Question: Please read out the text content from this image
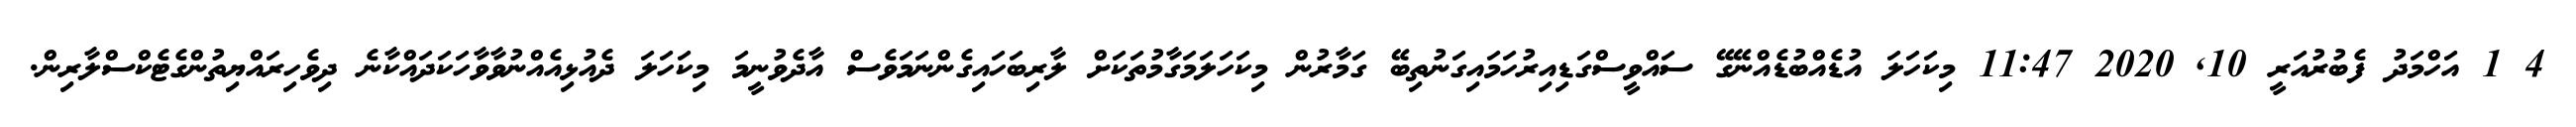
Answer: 4 1 އަހްމަދު ފެބުރުއަރީ 10, 2020 11:47 މިކަހަލަ އުޑެއްބުޑެއްނޭގޭ ސައްވީސްގަޑިއިރުހަމައިގަނުތިބޭ ގަމާރުން މިކަހަލަމަގާމުތަކަށް ލާރިބަހައިގެންނަމަވެސް އާދެވުނީމަ މިކަހަލަ ދެއުޅިއެއްނުވާވާހަކަދައްކާނެ ދިވެހިރައްޔިތުންގެޓެކްސްލާރިން.